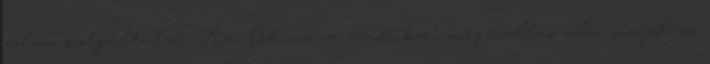
volna szolgáltatni. Ám Okinava amerikai megszállás alá, majd az